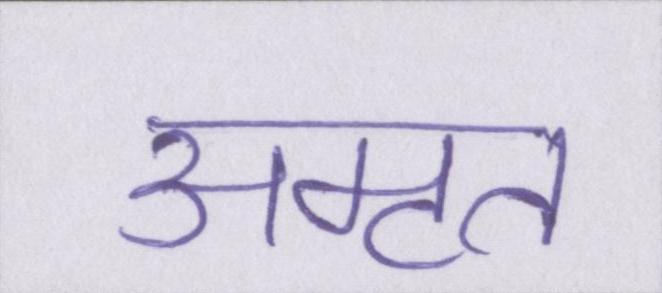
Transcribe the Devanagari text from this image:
अमृत